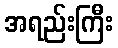
အရည်းကြီး